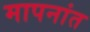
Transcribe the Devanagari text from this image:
मापनांत